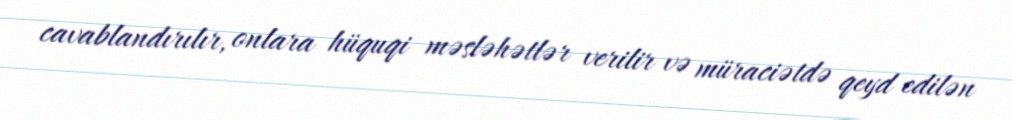
cavablandırılır, onlara hüquqi məsləhətlər verilir və müraciətdə qeyd edilən